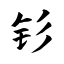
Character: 钐